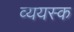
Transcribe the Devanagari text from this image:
व्ययस्क